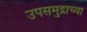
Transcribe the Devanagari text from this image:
उपसमुद्राच्या